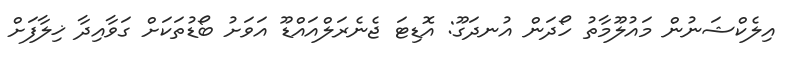
އިލެކްޝަނުން މައުލޫމާތު ހޯދަން އުނދަގޫ: އޮޑިޓަ ޖެނެރަލްއައްޑޫ އަވަށު ބޯޑުތަކަށް ގަވާއިދާ ޚިލާފަށް